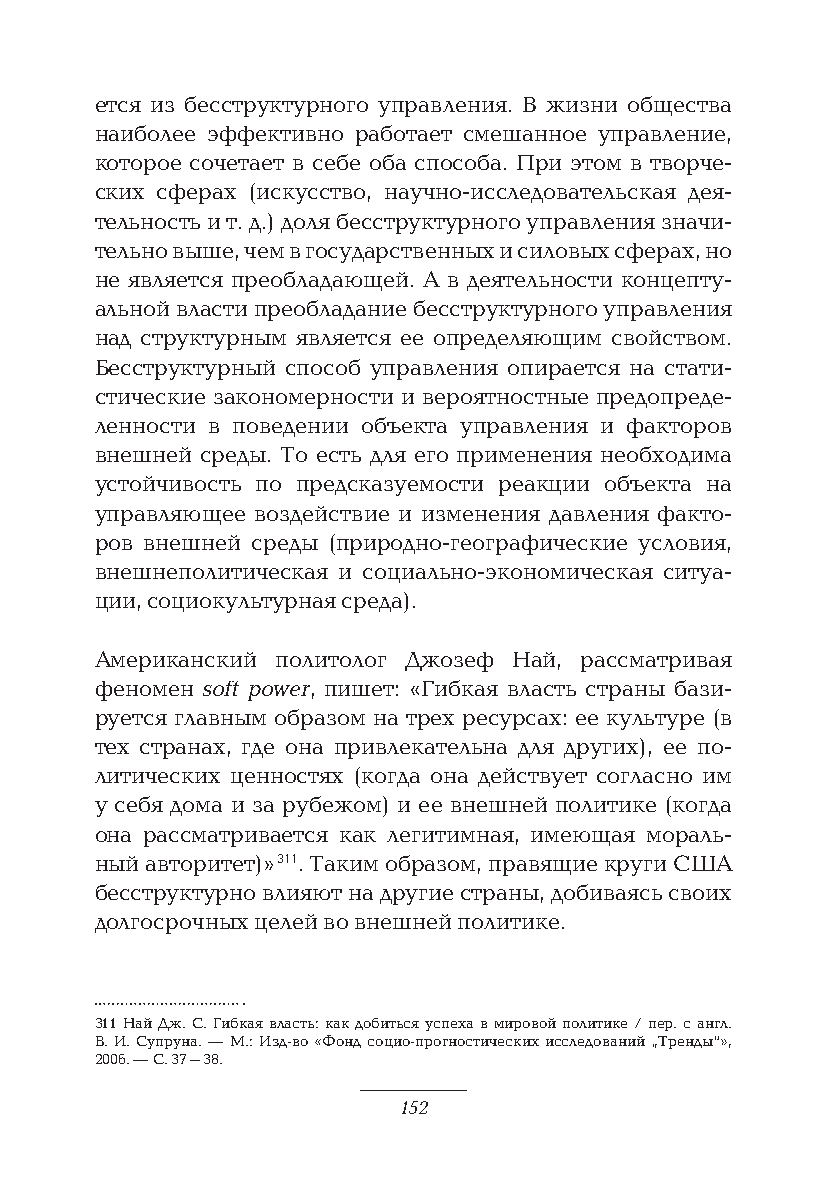
ется из бесструктурного управления. В жизни общества
 наиболее эффективно работает смешанное управление,
 которое сочетает в себе оба способа. При этом в творче-
 ских сферах (искусство, научно-исследовательская дея-
 тельность и т. д.) доля бесструктурного управления значи-
 тельно выше, чем в государственных и силовых сферах, но
 не является преобладающей. А в деятельности концепту-
 альной власти преобладание бесструктурного управления
 над структурным является ее определяющим свойством.
 Бесструктурный способ управления опирается на стати-
 стические закономерности и вероятностные предопреде-
 ленности в поведении объекта управления и факторов
 внешней среды. То есть для его применения необходима
 устойчивость по предсказуемости реакции объекта на
 управляющее воздействие и изменения давления факто-
 ров внешней среды (природно-географические условия,
 внешнеполитическая и социально-экономическая ситуа-
 ции, социокультурная среда).
 Американский политолог Джозеф Най, рассматривая
 феномен soft power, пишет: «Гибкая власть страны бази-
 руется главным образом на трех ресурсах: ее культуре (в
 тех странах, где она привлекательна для других), ее по-
 литических ценностях (когда она действует согласно им
 у себя дома и за рубежом) и ее внешней политике (когда
 она рассматривается как легитимная, имеющая мораль-
 ный авторитет)» 311. Таким образом, правящие круги США
 бесструктурно влияют на другие страны, добиваясь своих
 долгосрочных целей во внешней политике.
 311 Най Дж. С. Гибкая власть: как добиться успеха в мировой политике / пер. с англ.
 В. И. Супруна. — М.: Изд-во «Фонд социо-прогностических исследований „Тренды“»,
 2006. — С. 37–38.
 152